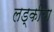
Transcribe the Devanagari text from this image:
लड्कीया